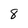
Character: 8